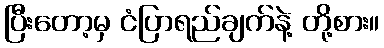
ပြီးတော့မှ ငံပြာရည်ချက်နဲ့ တို့စား။